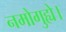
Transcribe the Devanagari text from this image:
नमोगुह्ये।